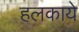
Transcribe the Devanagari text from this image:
हलकाये